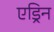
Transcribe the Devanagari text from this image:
एड्रिन